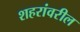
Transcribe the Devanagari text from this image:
शहरांवरील